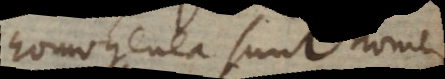
homogenea sunt nomen